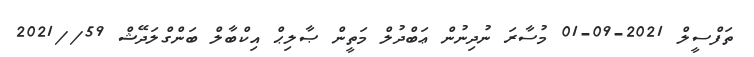
ތަފްސީލް 2021-09-01 މުސާރަ ނުދިނުން ޢަބްދުލް މަތީން ޞާލިޙް އިކްބާލް ބަންގްލަދޭޝް 59//2021